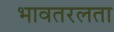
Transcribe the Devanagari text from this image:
भावतरलता